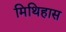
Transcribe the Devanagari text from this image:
मिथिहास